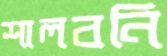
শালবনি